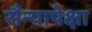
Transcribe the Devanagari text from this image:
सैन्यापेक्षा